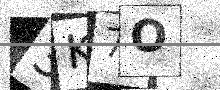
Text: 3K7O